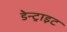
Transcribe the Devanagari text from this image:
डेन्ट्राइट